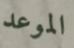
الموعد